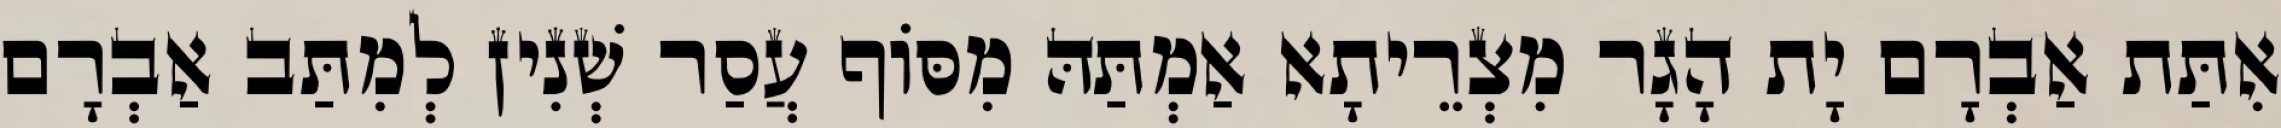
אִתַּת אַבְרָם יָת הָגָר מִצְרֵיתָא אַמְתַּהּ מִסּוֹף עֲסַר שְׁנִין לְמִתַּב אַבְרָם